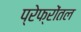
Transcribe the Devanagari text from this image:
प्रेफ्रोंतल